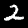
Label: 2